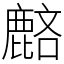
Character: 𪊺